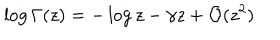
\log \Gamma ( z ) = - \log z - \gamma z + { \cal O } ( z ^ { 2 } )